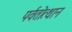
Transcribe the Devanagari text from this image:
पर्वतोत्‍थान